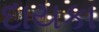
દાયકા